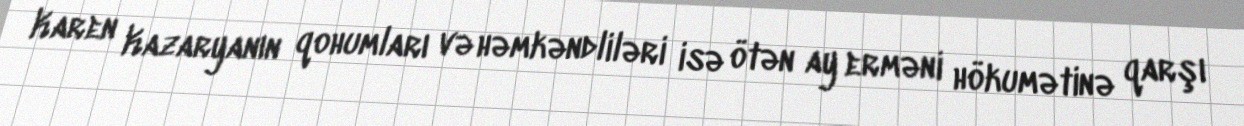
Karen Kazaryanın qohumları və həmkəndliləri isə ötən ay erməni hökumətinə qarşı